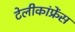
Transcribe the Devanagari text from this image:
टेलीकांफ्रेंस